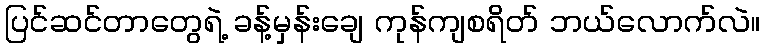
ပြင်ဆင်တာတွေရဲ့ ခန့်မှန်းချေ ကုန်ကျစရိတ် ဘယ်လောက်လဲ။